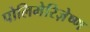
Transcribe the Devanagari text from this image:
पोलिमेरिज़ेष्ण